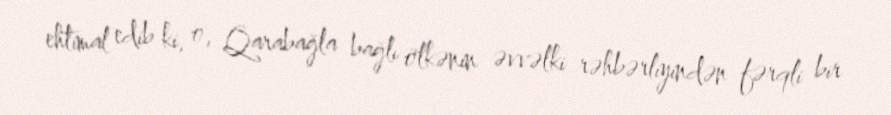
ehtimal edib ki, o, Qarabağla bağlı ölkənin əvvəlki rəhbərliyindən fərqli bir